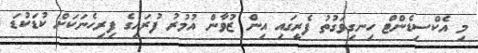
މި އެކްސިޑެންޓް ހިނގިވަގުތު ފެރީގައި އިން ޒުވާން އުމުރު ފުރައިގެ ފިރިހެނަކަށް ކުޑަކުޑަ